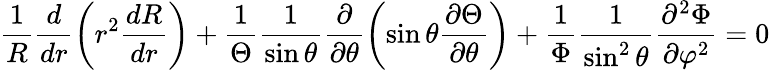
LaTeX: \frac{1}{R}\frac{d}{dr}\left(r^{2}\frac{dR}{dr}\right)+\frac{1}{\Theta}\frac{1}{\sin\theta}\frac{\partial}{\partial\theta}\left(\sin\theta\frac{\partial\Theta}{\partial\theta}\right)+\frac{1}{\Phi}\frac{1}{\sin^{2}\theta}\frac{\partial^{2}\Phi}{\partial\varphi^{2}}=0